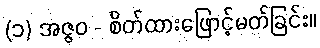
(၁) အဇ္ဇဝ - စိတ်ထားဖြောင့်မတ်ခြင်း။